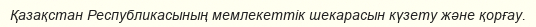
Қазақстан Республикасының мемлекеттік шекарасын күзету және қорғау.